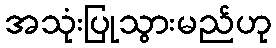
အသုံးပြုသွားမည်ဟု